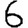
Digit: 6